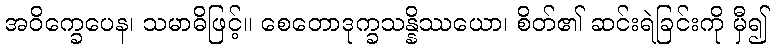
အဝိက္ခေပေန၊ သမာဓိဖြင့်။ စေတောဒုက္ခသန္နိဿယော၊ စိတ်၏ ဆင်းရဲခြင်းကို မှီ၍